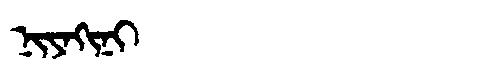
Manchu: ᠨᡳᠶᠠᡴᡳᠨᡳ
Romanization: NIYAKINI